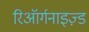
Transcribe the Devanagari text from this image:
रिऑर्गनाइज़्ड